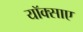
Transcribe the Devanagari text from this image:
यॉक्साए